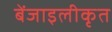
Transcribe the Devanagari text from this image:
बेंजाइलीकृत